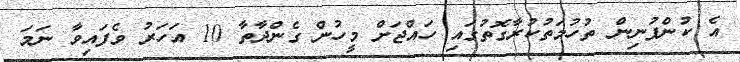
އެ ކުންފުނިން ތުހުމަތުކުރާގޮތުގައި ހައްޖަށް މީހުން ގެންދާތާ 10 އަހަރު ވެފައިވާ ނަމަ